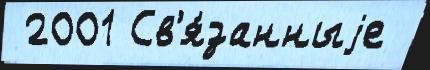
 2001 Св'я́занныjе